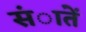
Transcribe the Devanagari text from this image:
संातें